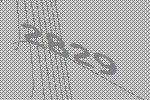
2829